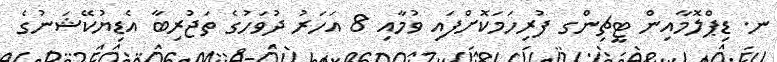
ނ. ޑިޕްލޮމާއިން ޓީޗިންގ ފުރިހަމަކޮށްފައި ވުމާއި 8 އަހަރު ދުވަހުގެ ތަޖުރިބާ އެޑިޔުކޭޝަނުގެ